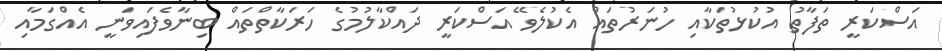
އަސްކަރީ ތަފާތު އުކުޅުތަކާއި ހުނަރުތައް އެކުލެވޭ އަސްކަރީ ދައްކާލުމުގެ ހަރަކާތްތައް ބިނާވެފައިވަނީ އެއްގަމާއި